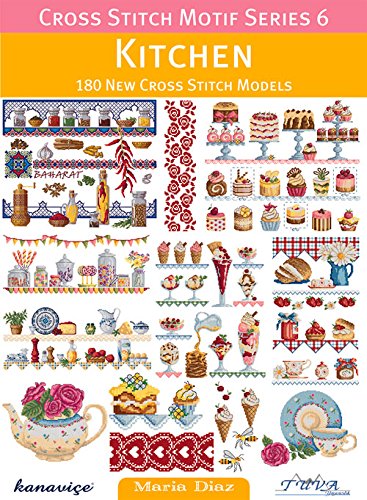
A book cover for Cross Stitch Motif Series 6: Kitchen: 180 New Cross Stitch Models; Maria Diaz; Crafts, Hobbies & Home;